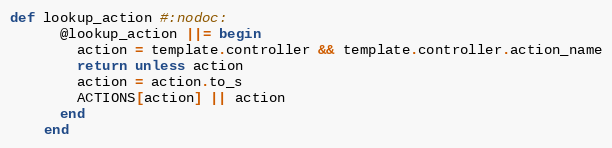
Language: Ruby
def lookup_action #:nodoc:
      @lookup_action ||= begin
        action = template.controller && template.controller.action_name
        return unless action
        action = action.to_s
        ACTIONS[action] || action
      end
    end